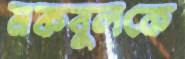
মকবুলকে